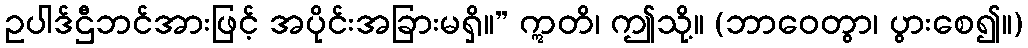
ဥပါဒ်ဌီဘင်အားဖြင့် အပိုင်းအခြားမရှိ။” ဣတိ၊ ဤသို့။ (ဘာဝေတွာ၊ ပွားစေ၍။)